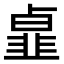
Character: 𩐃